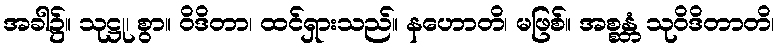
အခါ၌။ သုဋ္ဌု၊ စွာ။ ဝိဒိတာ၊ ထင်ရှားသည်။ နဟောတိ၊ မဖြစ်။ အစ္စန္တံ သုဝိဒိတာတိ၊